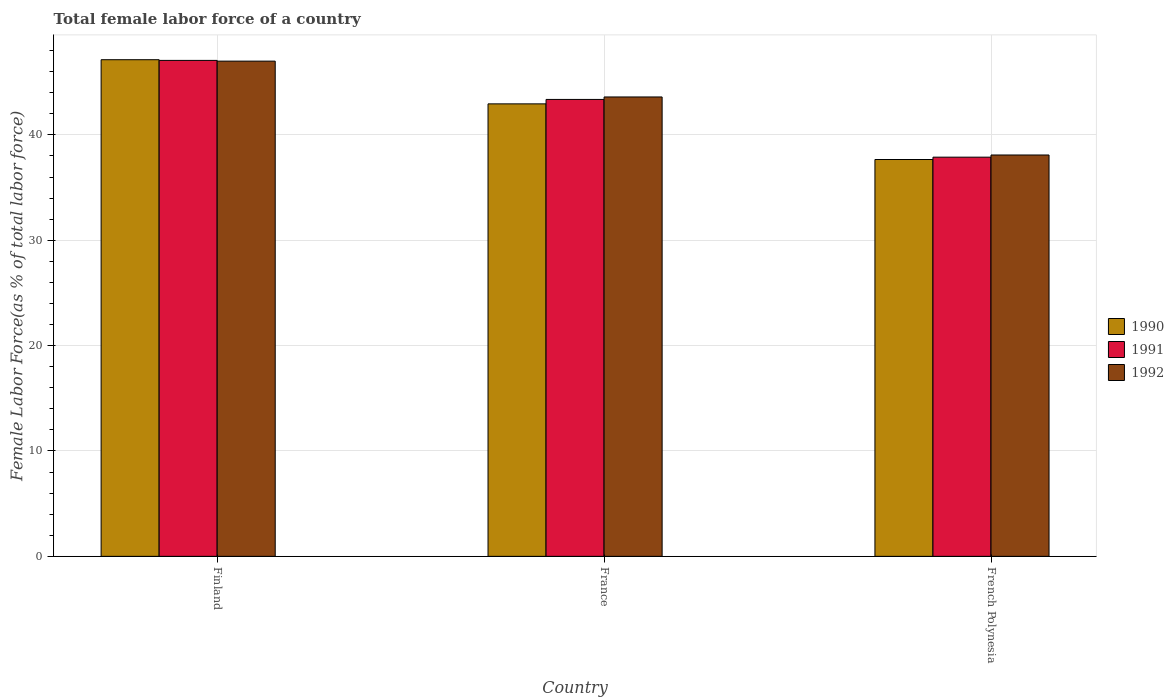
| Country | 1990 | 1991 | 1992 |
 | --- | --- | --- | --- |
 | Finland | 47.1 | 47.1 | 47 |
 | France | 42.9 | 43.4 | 43.6 |
 | French Polynesia | 37.7 | 37.9 | 38.1 |